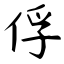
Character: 俘